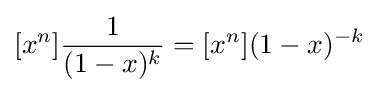
[x^{n}]{\frac {1}{(1-x)^{k}}}=[x^{n}](1-x)^{-k}